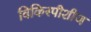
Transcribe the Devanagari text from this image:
विकिस्पीशीज